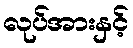
လုပ်အားနှင့်